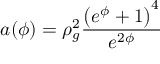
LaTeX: a ( \phi ) = \rho _ { g } ^ { 2 } \frac { \left( e ^ { \phi } + 1 \right) ^ { 4 } } { e ^ { 2 \phi } }